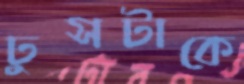
ঢুসটাকে